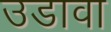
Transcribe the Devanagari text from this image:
उडावा